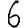
Digit: 6